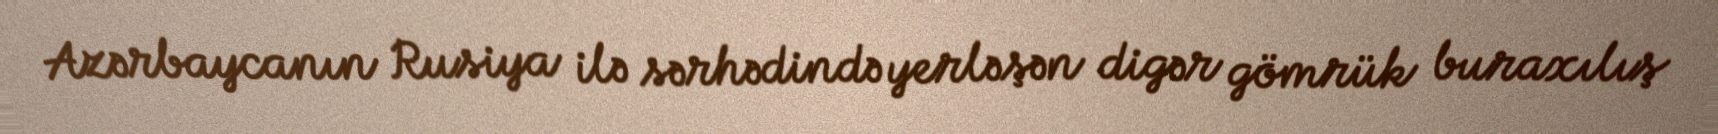
Azərbaycanın Rusiya ilə sərhədində yerləşən digər gömrük buraxılış